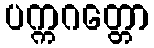
ပက္ကဂတ္တော